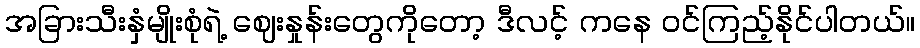
အခြားသီးနှံမျိုးစုံရဲ့ ဈေးနှုန်းတွေကိုတော့ ဒီလင့် ကနေ ဝင်ကြည့်နိုင်ပါတယ်။